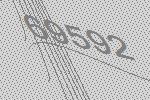
69592